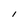
Character: I